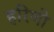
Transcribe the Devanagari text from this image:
हरिणो